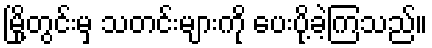
မြို့တွင်းမှ သတင်းများကို ပေးပို့ခဲ့ကြသည်။